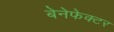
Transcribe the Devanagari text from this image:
बेनेफेक्टर